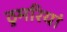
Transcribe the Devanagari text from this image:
ठुमरियां